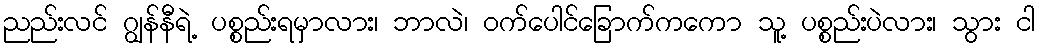
ညည်းလင် ဂျွန်နီရဲ့ ပစ္စည်းရမှာလား၊ ဘာလဲ၊ ဝက်ပေါင်ခြောက်ကကော သူ့ ပစ္စည်းပဲလား၊ သွား ငါ